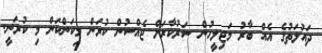
ދައުލަތުގެ އެއް ބާރު މަޖިލީހުން ސަރުކާރަށް ޖެއްސުން ކުރަން މިކަންކަން މި ކުރަނީ.